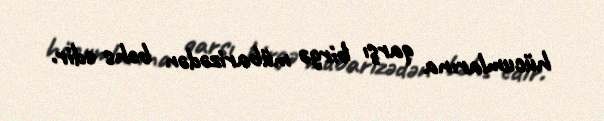
hücumlarına qarşı birgə mübarizədən bəhs edir.